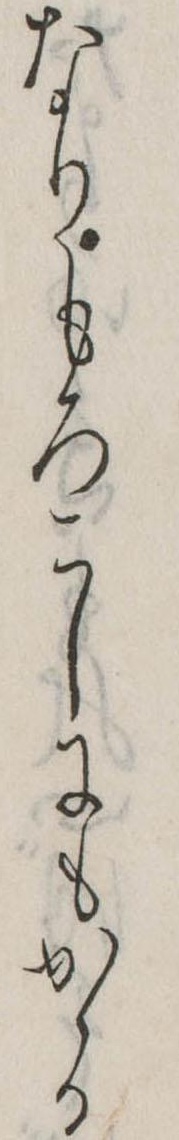
なりもろこしにもかゝる